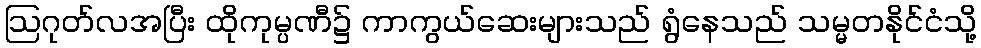
ဩဂုတ်လအပြီး ထိုကုမ္ပဏီ၌ ကာကွယ်ဆေးများသည် ရွံနေသည် သမ္မတနိုင်ငံသို့